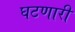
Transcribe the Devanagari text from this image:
घटणारी